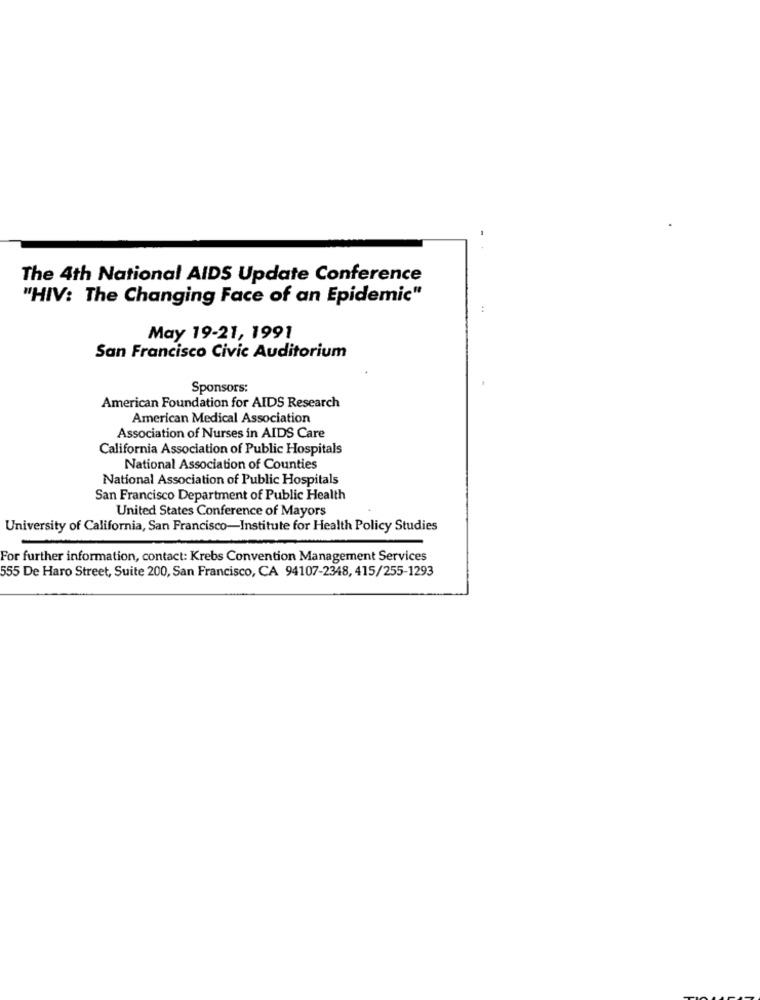
The 4th National AIDS Update Conference
"HIV: The Changing Face of an Epidemic"
May 19-21, 1991
San Francisco Civic Auditorium
Sponsors:
American Foundation for AIDS Research
American Medical Association
Association of Nurses in AIDS Care
California Association of Public Hospitals
National Association of Counties
National Association of Public Hospitals
San Francisco Department of Public Health
United States Conference of Mayors
University of California, San Francisco-Institute for Health Policy Studies
For further information, contact: Krebs Convention Management Services
555 De Haro Street, Suite 200, San Francisco, CA 94107-2348, 415/255-1293